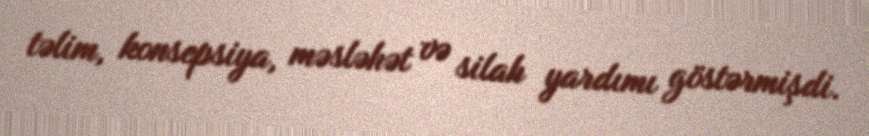
təlim, konsepsiya, məsləhət və silah yardımı göstərmişdi.